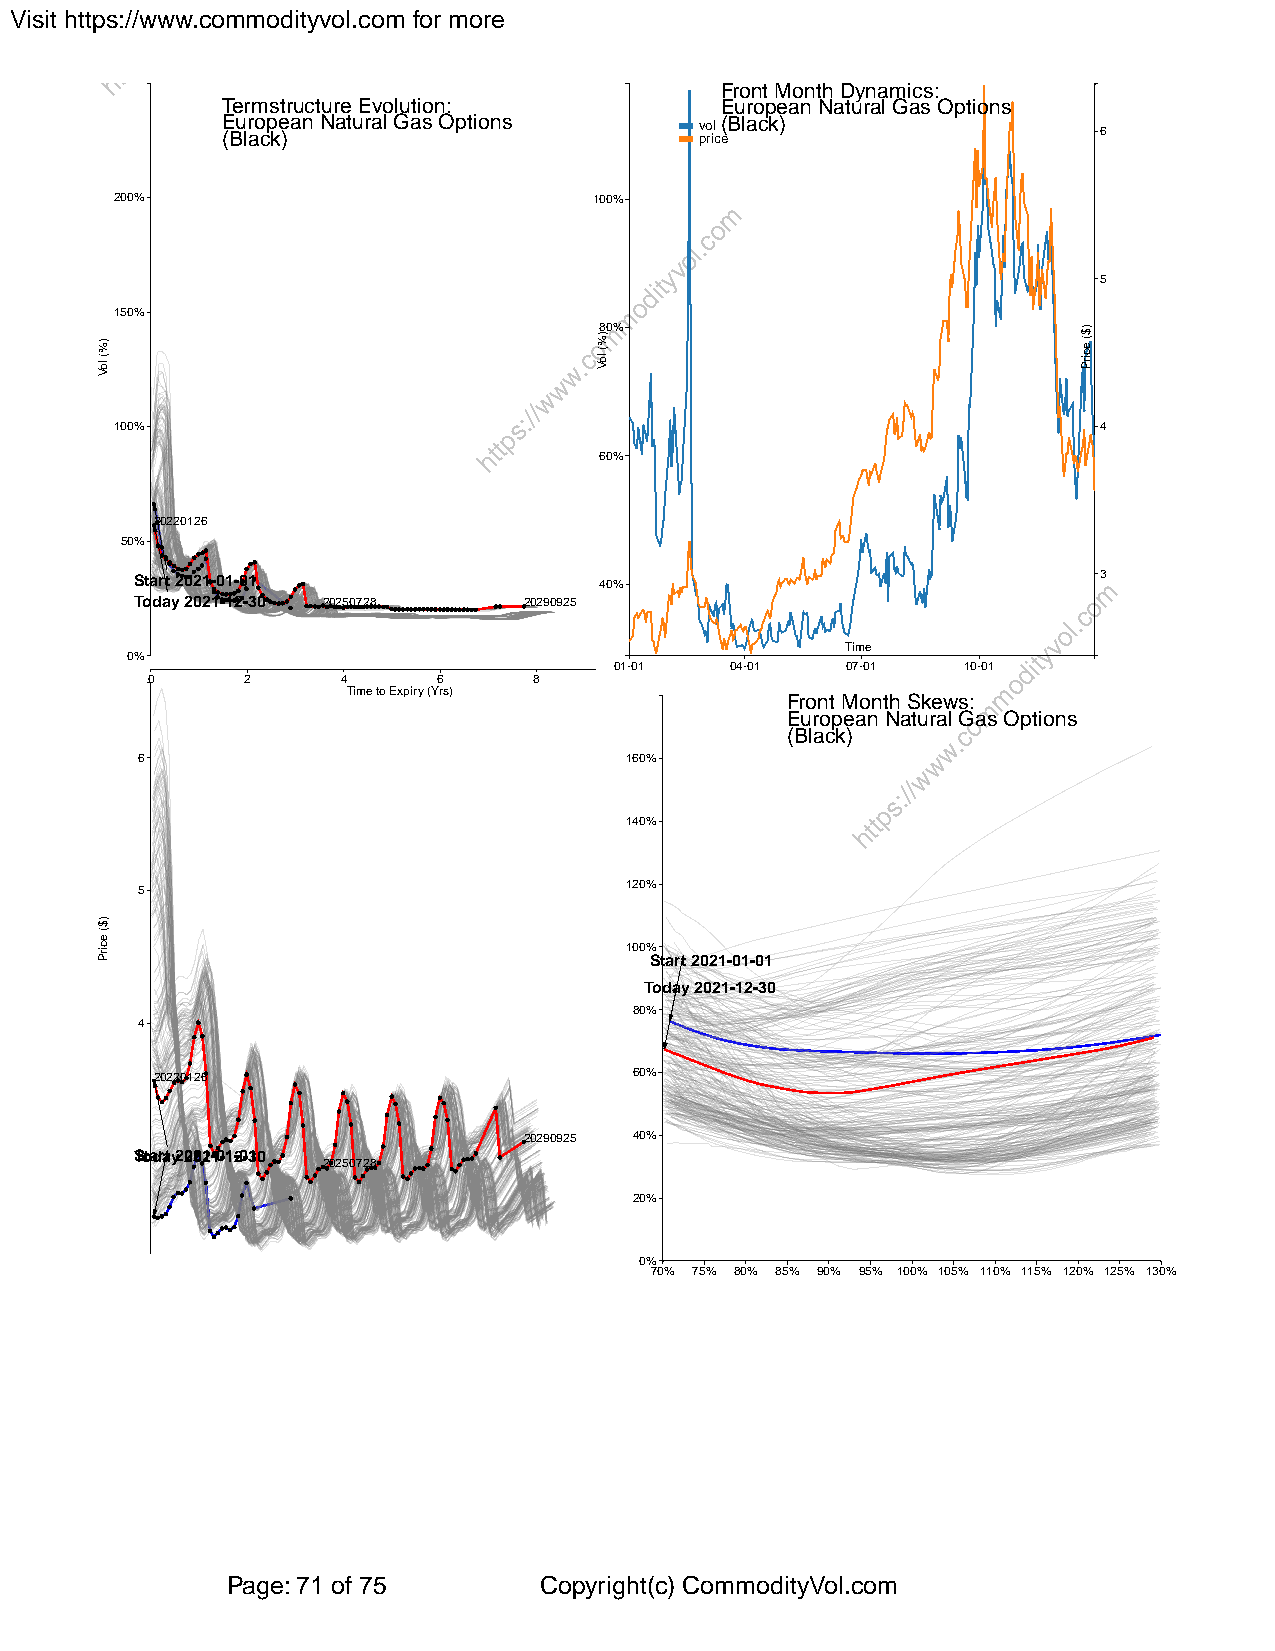
Visit https://www.commodityvol.com for more
 Front Month Dynamics:
 Termstructure Evolution:         European Natural Gas Options
 E (Bu laro cp ke )an Natural Gas Options v po ril c( eBlack) 6
 200%                           100%
 5
 150%
 80%
 100%                                                             4
 60%
 20220126
 50%
 Start 2021-01-01               40%                              3
 Today 2021-12-30 20250728 20290925
 Time
 0%
 01-01  04-01   07-01   10-01
 0     2      4     6     8
 Time to Expiry (Yrs)
 Front Month Skews:
 European Natural Gas Options
 (Black)
 6                               160%
 140%
 120%
 5
 100%
 Start 2021-01-01
 Today 2021-12-30
 80%
 4
 20220126                        60%
 20290925 40%
 ST3otadrat y2 022012-10-11-20-130
 20250728
 20%
 0%
 70% 75% 80% 85% 90% 95% 100% 105% 110% 115% 120% 125% 130%
 Page: 71 of 75       Copyright(c) CommodityVol.com
 )%(
 loV
 )$(
 ecirP
 )%(
 loV
 )$(
 ecirP